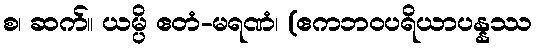
စ၊ ဆက်။ ယမ္ပိ ဧတံ-မရဏံ၊ (ဧကဘဝပရိယာပန္နဿ